Civil Veterinary Dept. North-West Frontier Province 1933-46 - 1933-1946
Year: 1933
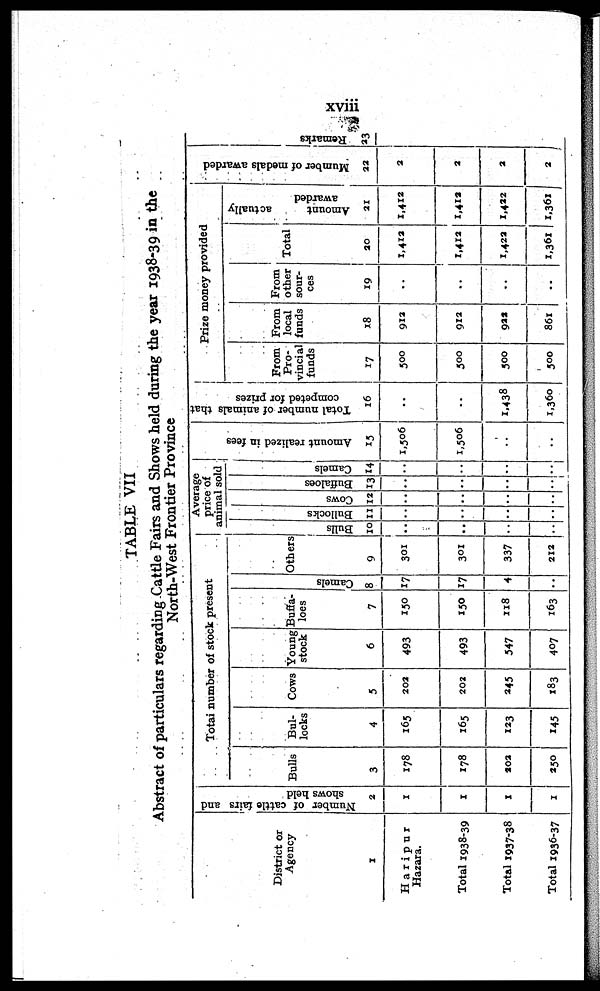
xviii
TABLE VII
Abstract of particulars regarding Cattle Fairs and Shows held during the year 1938-39 in the
North-West Frontier Province
District or
Agency
1
Haripur
Hazara.
Total 1938-39
Total 1937-38
Total 1936-37
Number of cattle fairs and
shows held
2
1
1
1
1
Total number of stock present.
Bulls
3
178
178
202
250
Bul-
locks
4
165
165
123
145
Cows
5
202
202
245
183
Young
stock
6
493
493
547
407
Buffa-
loes
7
150
150
118
163
Ca me l
s
8
17
17
4
..
Others
9
301
301
337
212
Average
price of
animal sold
Bulls
10
..
..
..
....
Bullocks
11
..
..
..
..
Cows
12
..
..
..
..
Buffaloes
13
..
..
..
..
Camels
14
..
..
..
..
Amount realized in fees
15
1,506
1,506
....
..
Total number of animals that
competed for prizes
16
..
..
1,438
1,360
Prize money provided
From
Pro-
vincial
funds
17
500
500
500
500
From
local
funds
18
912
912
922
861
From
other
sour-
ces
19
..
..
..
..
Total
20
1,412
1,412
1,422
1,361
Amount
actually
awarded
21
1,412
1,412
1,422
1,361
Mu mb e
r of medals awarded
22
2
2
2
2
Re ma r
ks
23